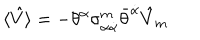
\langle \hat { V } \rangle = - \theta ^ { \alpha } \sigma _ { \alpha \dot { \alpha } } ^ { m } \bar { \theta } ^ { \dot { \alpha } } \hat { V } _ { m }